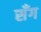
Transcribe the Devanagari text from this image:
सँग